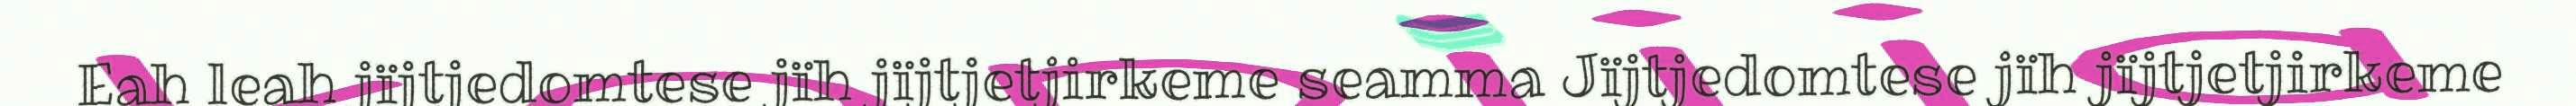
Eah leah jïjtjedomtese jïh jïjtjetjirkeme seamma Jïjtjedomtese jïh jïjtjetjirkeme